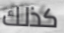
كذلك